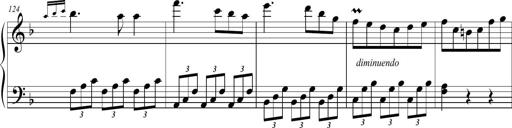
Title: 2 Sonatines faciles et brillantes pour le piano-forte seul
Composer: Carl Czerny